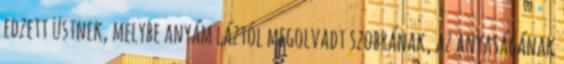
edzett üstnek, melybe anyám láztól megolvadt szobrának, az anyaságának